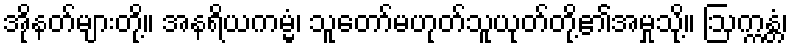
အိုနတ်များတို့။ အနရိယကမ္မံ၊ သူတော်မဟုတ်သူယုတ်တို့၏အမှုသို့။ ဩက္ကန္တံ၊